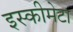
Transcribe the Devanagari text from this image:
इस्कीमेटा